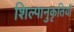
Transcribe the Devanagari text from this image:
शिल्पानुकृतियाँ